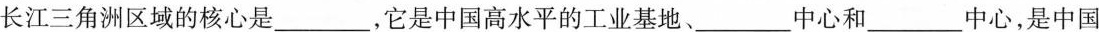
长江三角洲区域的核心是___，它是中国高水平的工业基地、___中心和___中心，是中国